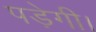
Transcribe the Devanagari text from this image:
पडे़गी।